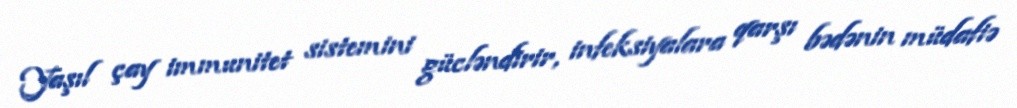
Yaşıl çay immunitet sistemini gücləndirir, infeksiyalara qarşı bədənin müdafiə